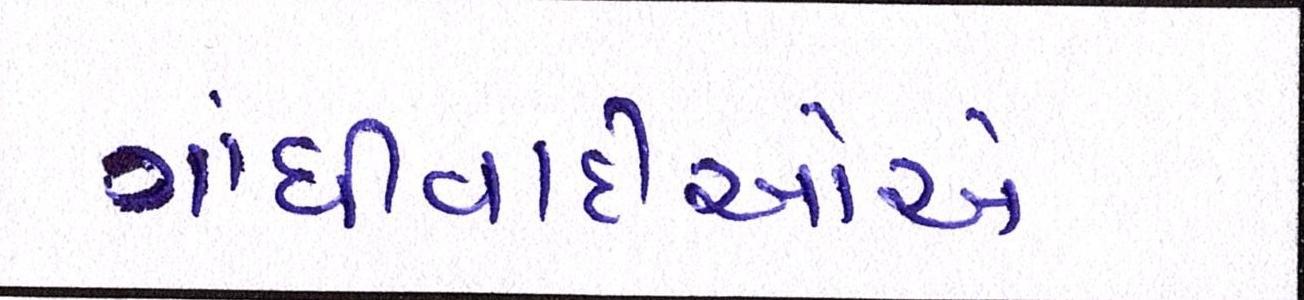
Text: ગાંધીવાદીઓએ